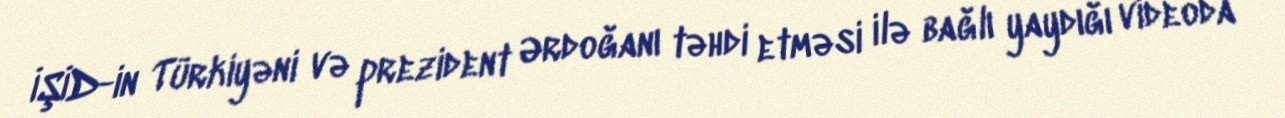
İŞİD-in Türkiyəni və prezident Ərdoğanı təhdi etməsi ilə bağlı yaydığı videoda